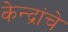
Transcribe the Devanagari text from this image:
केन्द्रांचे